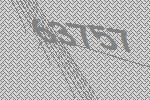
63757